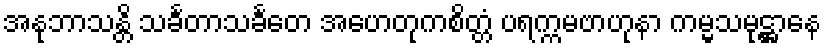
အနုဘာသန္တိ သင်္ခတာသင်္ခတေ အဟေတုကစိတ္တံ ပရက္ကမဗာဟုနာ ကမ္မသမုဋ္ဌာနေ